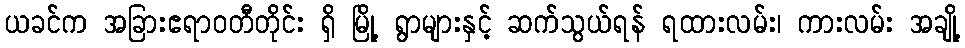
ယခင်က အခြားဧရာဝတီတိုင်း ရှိ မြို့ ရွာများနှင့် ဆက်သွယ်ရန် ရထားလမ်း၊ ကားလမ်း အချို့